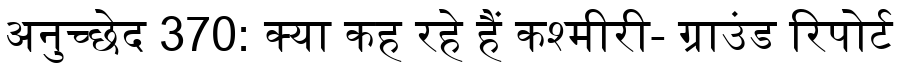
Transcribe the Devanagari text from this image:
अनुच्छेद 370: क्या कह रहे हैं कश्मीरी- ग्राउंड रिपोर्ट